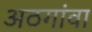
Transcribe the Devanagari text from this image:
अठगांवा